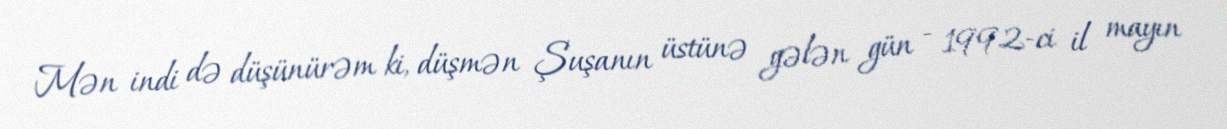
Mən indi də düşünürəm ki, düşmən Şuşanın üstünə gələn gün - 1992-ci il mayın